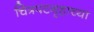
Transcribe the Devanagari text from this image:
चित्रपटगृहाच्या